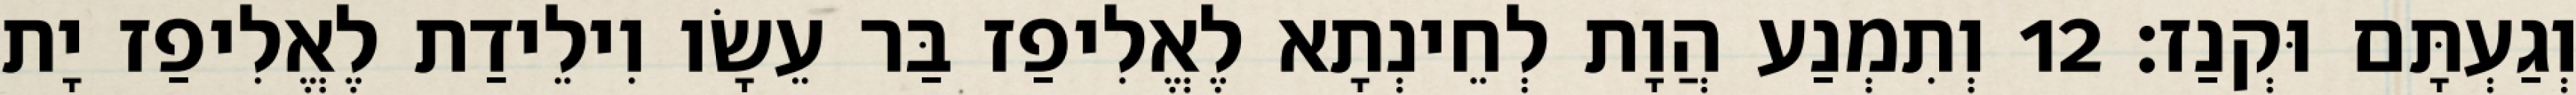
וְגַעְתָּם וּקְנַז׃ 12 וְתִמְנַע הֲוָת לְחֵינְתָא לֶאֱלִיפַז בַּר עֵשָׂו וִילֵידַת לֶאֱלִיפַז יָת